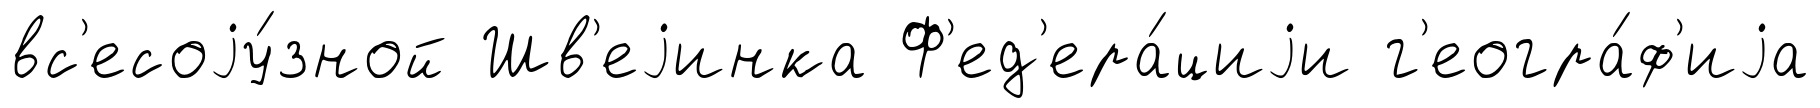
вс'есоjу́зной Шв'еjинка Ф'ед'ера́циjи г'еогра́ф'иjа